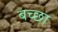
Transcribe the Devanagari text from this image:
बच्छा